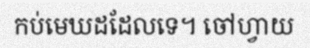
កប់មេឃដដែលទេ។ ចៅហ្វាយ